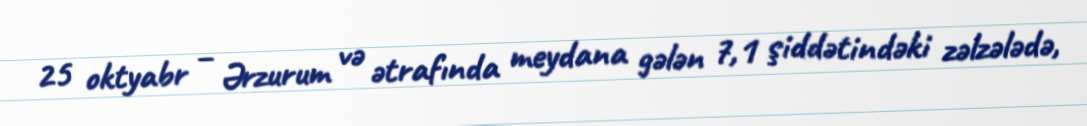
25 oktyabr – Ərzurum və ətrafında meydana gələn 7,1 şiddətindəki zəlzələdə,